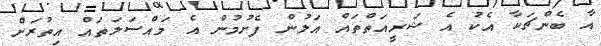
އާ ބެންޗަކާ އެކު އެ ޝަރީއަތްތައް އަލުން ފެށުމުން އެ މައްސަލަތައް އިތުރަށް